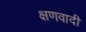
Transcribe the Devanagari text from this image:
क्षणवादी